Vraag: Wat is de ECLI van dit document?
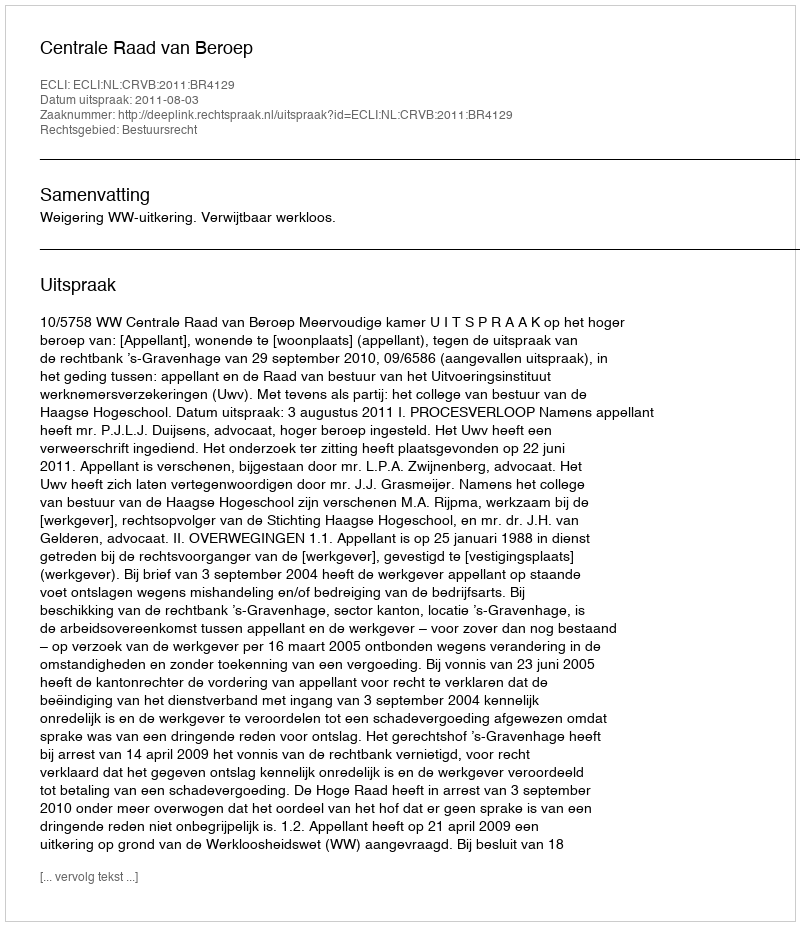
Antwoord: ECLI:NL:CRVB:2011:BR4129